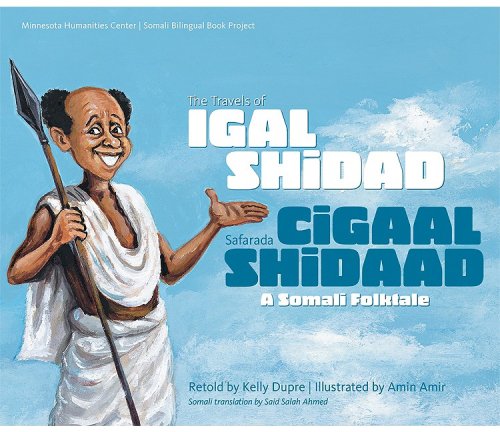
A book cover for The Travels of Igal Shidad/Safarada Cigaal Shidaad: A Somali Folktale; Travel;